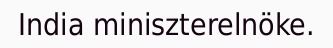
India miniszterelnöke.